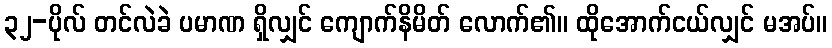
၃၂-ပိုလ် တင်လဲခဲ ပမာဏ ရှိလျှင် ကျောက်နိမိတ် လောက်၏။ ထိုအောက်ငယ်လျှင် မအပ်။